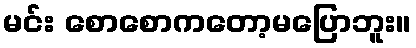
မင်း စောစောကတော့မပြောဘူး။